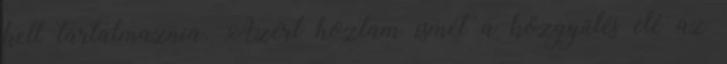
kell tartalmaznia. Azért hoztam ismét a közgyűlés elé az